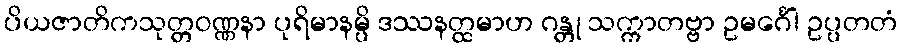
ပိယဇာတိကသုတ္တဝဏ္ဏနာ ပုရိမာနမ္ပိ ဒဿနတ္ထမာဟ ဂန္တု သက္ကာတဗ္ဗာ ဥမင်္ဂေါ ဥပ္ပတတံ